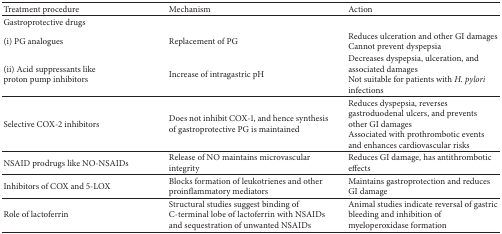
<table><thead><tr><td><b>Treatment procedure </b></td><td><b>Mechanism</b></td><td><b>Action</b></td></tr></thead><tbody><tr><td>Gastroprotective drugs </td><td> </td><td> </td></tr><tr><td>(i) PG analogues</td><td>Replacement of PG</td><td>Reduces ulceration and other GI damages Cannot prevent dyspepsia</td></tr><tr><td>(ii) Acid suppressants likeproton pump inhibitors</td><td>Increase of intragastric pH</td><td>Decreases dyspepsia, ulceration, and associated damages Not suitable for patients with <i>H. pylori</i> infections </td></tr><tr><td>Selective COX-2 inhibitors</td><td>Does not inhibit COX-1, and hence synthesis of gastroprotective PG is maintained</td><td>Reduces dyspepsia, reverses gastroduodenal ulcers, and prevents other GI damages Associated with prothrombotic events and enhances cardiovascular risks</td></tr><tr><td>NSAID prodrugs like NO-NSAIDs </td><td>Release of NO maintains microvascular integrity </td><td>Reduces GI damage, has antithrombotic effects </td></tr><tr><td>Inhibitors of COX and 5-LOX</td><td>Blocks formation of leukotrienes and other proinflammatory mediators</td><td>Maintains gastroprotection and reduces GI damage</td></tr><tr><td>Role of lactoferrin </td><td>Structural studies suggest binding of C-terminal lobe of lactoferrin with NSAIDs and sequestration of unwanted NSAIDs</td><td>Animal studies indicate reversal of gastric bleeding and inhibition of myeloperoxidase formation</td></tr></tbody></table>